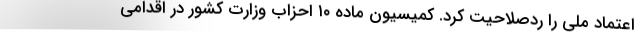
اعتماد ملی را ردصلاحیت کرد. کمیسیون ماده ۱۰ احزاب وزارت کشور در اقدامی